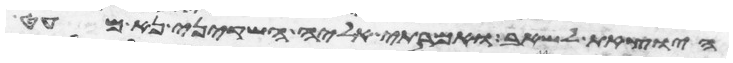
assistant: היצאת לשאב ואמרתי אליה השקיני נא מעט